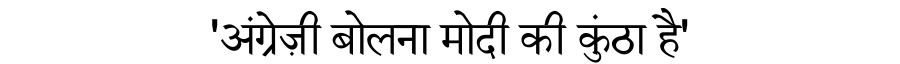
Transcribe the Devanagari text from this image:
'अंग्रेज़ी बोलना मोदी की कुंठा है'